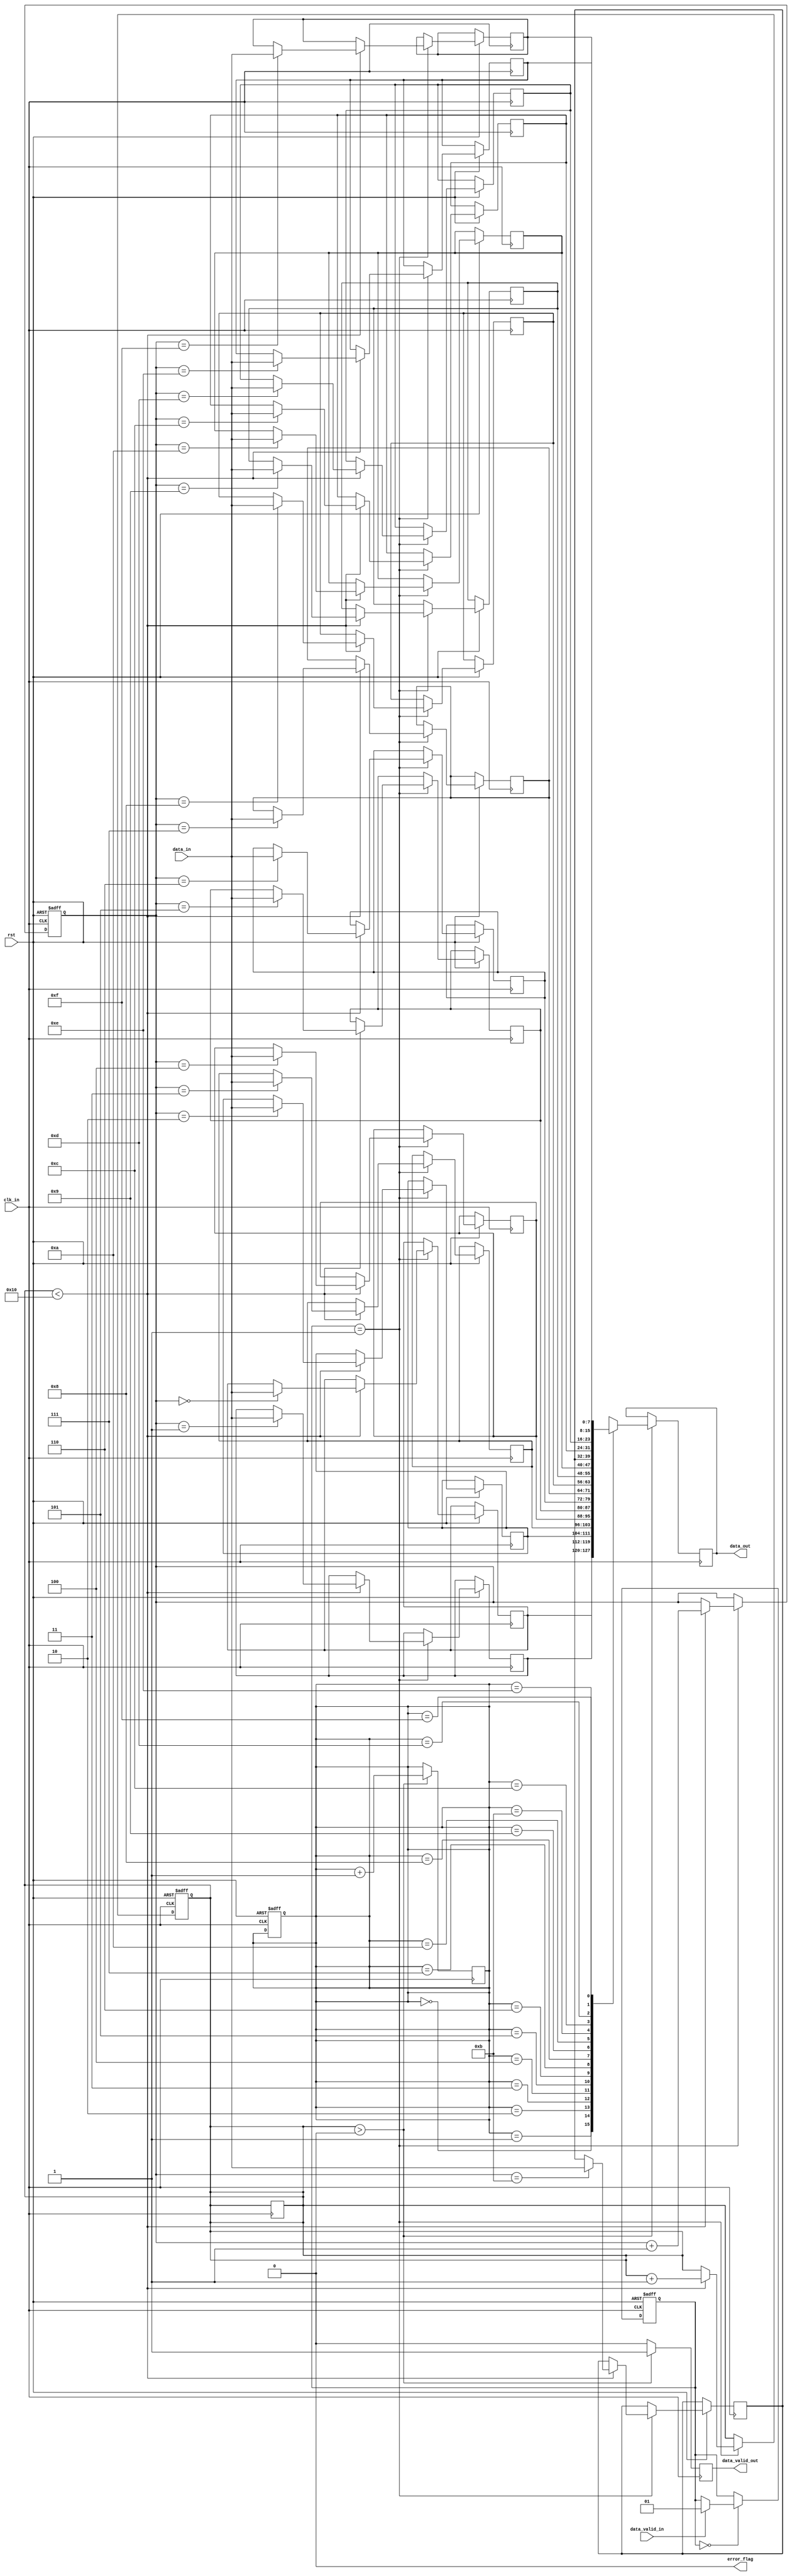
module BurstSynchronizer (
    input wire clk_in,
    input wire rst,
    input wire [7:0] data_in,
    input wire data_valid_in,
    output wire [7:0] data_out,
    output wire data_valid_out,
    output wire error_flag
);

// Define FIFO buffer
reg [7:0] fifo [0:15];
reg [3:0] read_ptr;
reg [3:0] write_ptr;
reg [3:0] count;

// Define state machine states
parameter IDLE = 2'b00;
parameter SYNC = 2'b01;

reg [1:0] state;

always @(posedge clk_in or negedge rst) begin
    if (!rst) begin
        state <= IDLE;
        read_ptr <= 4'h0;
        write_ptr <= 4'h0;
        count <= 4'h0;
    end else begin
        case (state)
            IDLE: begin
                if (data_valid_in) begin
                    state <= SYNC;
                end
            end
            SYNC: begin
                if (count < 16) begin
                    fifo[write_ptr] <= data_in;
                    write_ptr <= write_ptr + 1;
                    count <= count + 1;
                end
                if (count == 16) begin
                    state <= IDLE;
                end
            end
        endcase
    end
end

assign error_flag = 1'b0; // Need to implement error detection and correction mechanisms

always @(posedge clk_in) begin
    if (count > 0) begin
        data_out <= fifo[read_ptr];
        read_ptr <= read_ptr + 1;
        data_valid_out <= 1'b1;
        if (read_ptr == 16) begin
            count <= count - 1;
        end
    end else begin
        data_valid_out <= 1'b0;
    end
end

endmodule